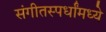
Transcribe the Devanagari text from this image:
संगीतस्पर्धांमध्ये